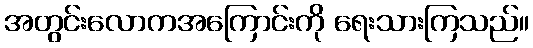
အတွင်းလောကအကြောင်းကို ရေးသားကြသည်။